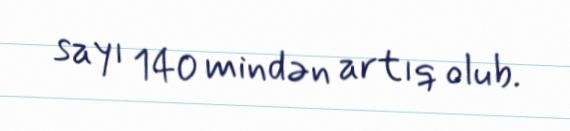
sayı 140 mindən artıq olub.